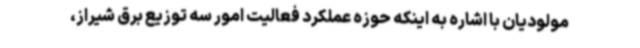
مولودیان با اشاره به اینکه حوزه عملکرد فعالیت امور سه توزیع برق شیراز،